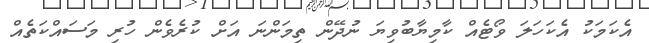
އެކަމަކު އެކަހަލަ ވޯޓެއް ކާމިޔާބުވިޔަ ނުދޭން ތިމަންނަ އަށް ކުރެވެން ހުރި މަސައްކަތެއް